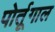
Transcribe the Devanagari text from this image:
पोर्तूगाल